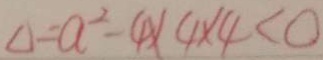
\Delta = a ^ { 2 } - 4 \times 4 \times 4 < 0